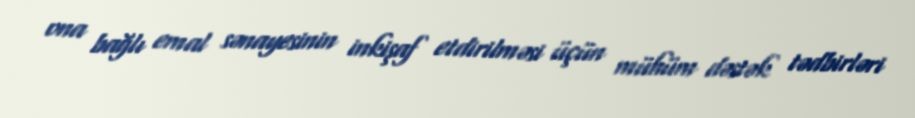
ona bağlı emal sənayesinin inkişaf etdirilməsi üçün mühüm dəstək tədbirləri